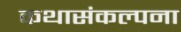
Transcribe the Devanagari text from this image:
कथासंकल्पना